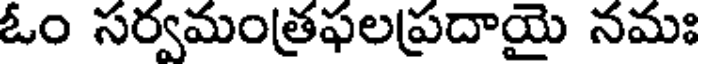
ఓం సర్వమంత్రఫలప్రదాయై నమః